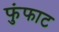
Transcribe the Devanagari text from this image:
फुंफाट